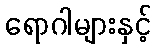
ရောဂါများနှင့်